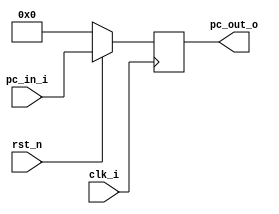
`timescale 1ns / 1ps
//////////////////////////////////////////////////////////////////////////////////
// Company: 
// Engineer: 
// 
// Design Name: 
// Module Name:    ProgramCounter 
// Project Name: 
// Target Devices: 
// Tool versions: 
// Description: 
//
// Dependencies: 
//
// Revision: 
// Revision 0.01 - File Created
// Additional Comments: 
//
//////////////////////////////////////////////////////////////////////////////////
module ProgramCounter(
       clk_i,
		 rst_n,
		 pc_in_i,
		 pc_out_o
);
		
//I/O ports
		 input           clk_i;
		 input	        rst_n;
		 input  [32-1:0] pc_in_i;
		 output [32-1:0] pc_out_o;
 
//Internal Signals
		 reg    [32-1:0] pc_out_o;
 
//Parameter

    
//Main function
		 always @(posedge clk_i) 
		 begin
					 if(~rst_n) pc_out_o <= 0;
				    else pc_out_o <= pc_in_i;
		 end

endmodule